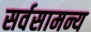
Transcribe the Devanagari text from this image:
सर्वसामन्य